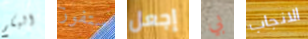
البكم ستفوز إجعل بي الانجاب